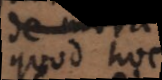
quod non